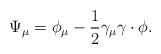
LaTeX: \begin{align*}\Psi_{\mu}=\phi_{\mu} - \frac{1}{2} \gamma_{\mu}\gamma \cdot \phi.\end{align*}